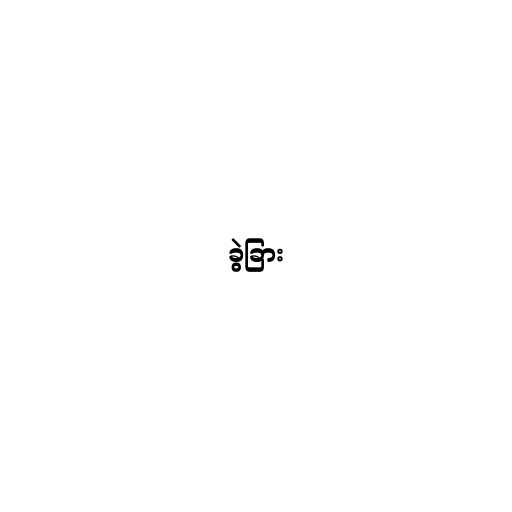
ခွဲခြား